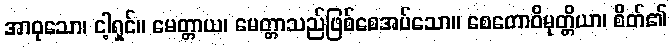
အာဝုသော၊ ငါ့ရှင်။ မေတ္တာယ၊ မေတ္တာသည်ဖြစ်စေအပ်သော။ စေတောဝိမုတ္တိယာ၊ စိတ်၏